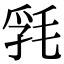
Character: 㲗